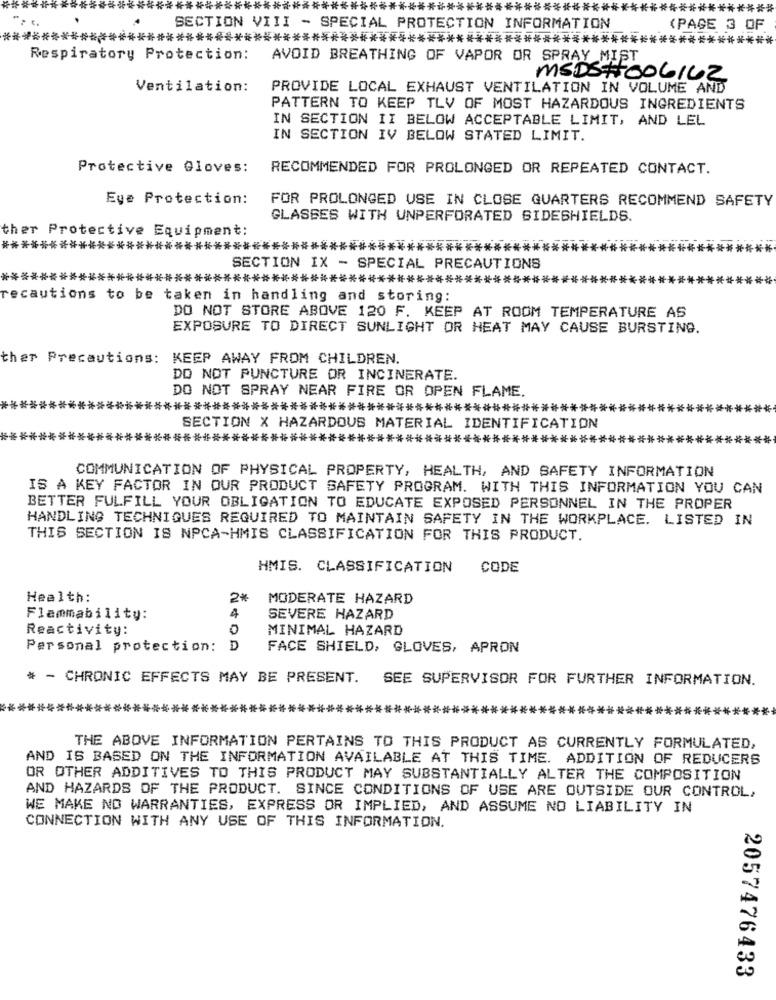
****************************************************************
***********
.
SECTION VIII - SPECIAL PROTECTION INFORMATION
(PAGE 3 OF
********************************************************************
*****
Respiratory Protection:
AVOID BREATHING OF VAPOR OR SPRAY MIST
MSDS#006142
Ventilation:
PROVIDE LOCAL EXHAUST VENTILATION IN VOLUME AND
PATTERN TO KEEP TLV OF MOST HAZARDOUS INGREDIENTS
IN SECTION II BELOW ACCEPTABLE LIMIT, AND LEL
IN SECTION IV BELOW STATED LIMIT.
Protective Gloves:
RECOMMENDED FOR PROLONGED OR REPEATED CONTACT.
Eye Protection:
FOR PROLONGED USE IN CLOSE QUARTERS RECOMMEND SAFETY
GLASSES WITH UNPERFORATED SIDESHIELDS.
ther Protective Equipment:
**************************************************************
SECTION IX - SPECIAL PRECAUTIONS
**********************************************************
recautions to be taken in handling and storing:
DO NOT STORE ABOVE 120 F. KEEP AT ROOM TEMPERATURE AS
EXPOSURE TO DIRECT SUNLIGHT OR HEAT MAY CAUSE BURSTING.
ther Precautions: KEEP AWAY FROM CHILDREN.
DO NOT PUNCTURE OR INCINERATE.
DO NOT SPRAY NEAR FIRE OR OPEN FLAME.
************************************************************
SECTION X HAZARDOUS MATERIAL IDENTIFICATION
***********************************************
COMMUNICATION OF PHYSICAL PROPERTY, HEALTH, AND SAFETY INFORMATION
IS A KEY FACTOR IN OUR PRODUCT SAFETY PROGRAM. WITH THIS INFORMATION YOU CAN
BETTER FULFILL YOUR OBLIGATION TO EDUCATE EXPOSED PERSONNEL IN THE PROPER
HANDLING TECHNIQUES REQUIRED TO MAINTAIN SAFETY IN THE WORKPLACE. LISTED IN
THIS SECTION IS NPCA-HMIS CLASSIFICATION FOR THIS PRODUCT.
HMIS. CLASSIFICATION
CODE
Health:
2*
MODERATE HAZARD
Flammability:
4
SEVERE HAZARD
Reactivity:
0
MINIMAL HAZARD
Personal protection: D
FACE SHIELD, GLOVES, APRON
* - CHRONIC EFFECTS MAY BE PRESENT.
SEE SUPERVISOR FOR FURTHER INFORMATION.
THE ABOVE INFORMATION PERTAINS TO THIS PRODUCT AS CURRENTLY FORMULATED,
AND IS BASED ON THE INFORMATION AVAILABLE AT THIS TIME. ADDITION OF REDUCERS
OR OTHER ADDITIVES TO THIS PRODUCT MAY SUBSTANTIALLY ALTER THE COMPOSITION
AND HAZARDS OF THE PRODUCT. SINCE CONDITIONS OF USE ARE OUTSIDE OUR CONTROL,
WE MAKE NO WARRANTIES, EXPRESS OR IMPLIED, AND ASSUME NO LIABILITY IN
CONNECTION WITH ANY USE OF THIS INFORMATION.
2057476433